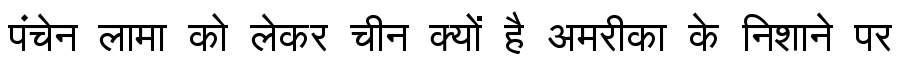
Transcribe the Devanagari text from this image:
पंचेन लामा को लेकर चीन क्यों है अमरीका के निशाने पर